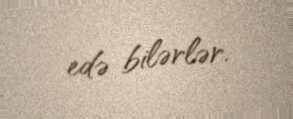
edə bilərlər.